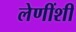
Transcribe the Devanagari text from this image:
लेणींशी